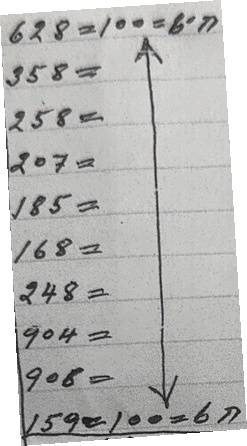
628 = 100 = 6ก
358 = 100 = 6ก
258 = 100 = 6ก
207 = 100 = 6ก
185 = 100 = 6ก
168 = 100 = 6ก
248 = 100 = 6ก
904 = 100 = 6ก
908 = 100 = 6ก
159 = 100 = 6ก